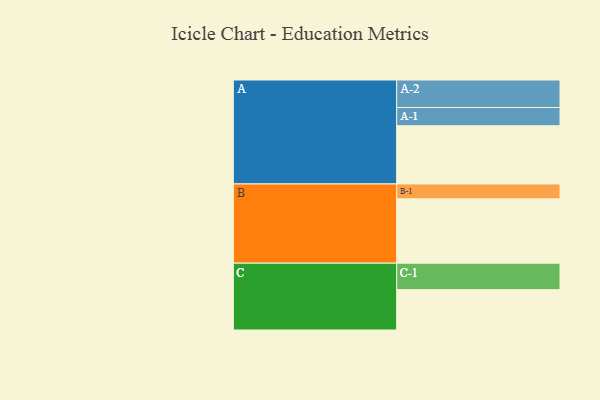
{"axis": {"x": "Segment", "y": "Value"}, "legend": ["", "A", "B", "C"], "data": [{"x": "A", "y": 508, "type": ""}, {"x": "B", "y": 561, "type": ""}, {"x": "C", "y": 352, "type": ""}, {"x": "A-1", "y": 159, "type": "A"}, {"x": "A-2", "y": 240, "type": "A"}, {"x": "B-1", "y": 130, "type": "B"}, {"x": "C-1", "y": 231, "type": "C"}]}